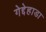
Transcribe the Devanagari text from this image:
गेद्देहाडा